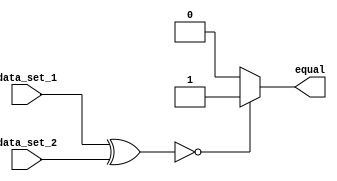
module parallel_comparator(
    input [7:0] data_set_1,
    input [7:0] data_set_2,
    output reg equal
);

wire [7:0] equal_bits;

assign equal_bits = data_set_1 ^ data_set_2;
assign equal = (equal_bits == 8'b00000000) ? 1'b1 : 1'b0;

endmodule